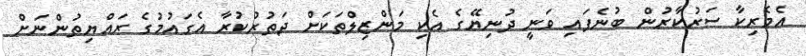
އެމެރިކާ ސަރުކާރުން ބުނެފައި ވަނީ ދުނިޔޭގެ އެކި މަންޒިލްތަކަށް ދަތުރުކުރާ އެގައުމުގެ ރައްޔިތުންނަށް